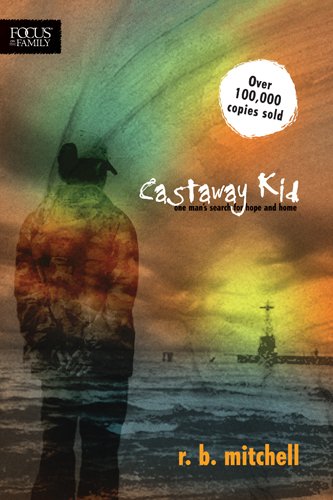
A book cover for Castaway Kid: One Man's Search for Hope and Home (Focus on the Family Books); R. B. Mitchell; Biographies & Memoirs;